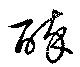
醉